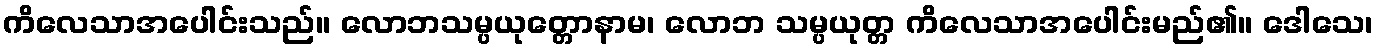
ကိလေသာအပေါင်းသည်။ လောဘသမ္ပယုတ္တောနာမ၊ လောဘ သမ္ပယုတ္တ ကိလေသာအပေါင်းမည်၏။ ဒေါသေ၊